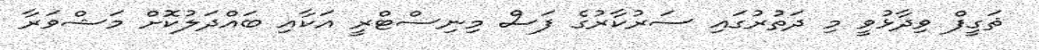
ޘަގީފް ވިދާޅުވީ މި ދަތުރުގައި ސަރުކާރުގެ ފަސް މިނިސްޓްރީ އަކާއި ބައްދަލުކޮށް މަޝްވަރާ